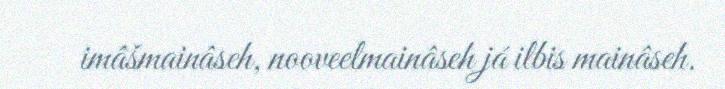
imâšmainâseh, nooveelmainâseh já ilbis mainâseh.